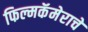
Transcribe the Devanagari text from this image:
फिल्मकॅमेराचे